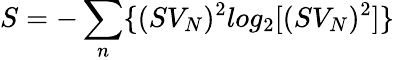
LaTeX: S=-\sum_{n}\{ (SV_{N})^{2}log_{2}[(SV_{N})^{2}]\}